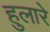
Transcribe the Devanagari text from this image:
हुलारे